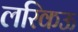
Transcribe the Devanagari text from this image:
लरिकऊ